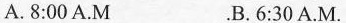
A.8:00 A.M .B. 6:30 A.M.